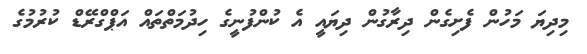
މިދިޔަ މަހުން ފެށިގެން ދިރާގުން ދިޔައީ އެ ކުންފުނީގެ ހިދުމަތްތައް އަޕްގްރޭޑް ކުރުމުގެ